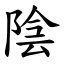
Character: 陰